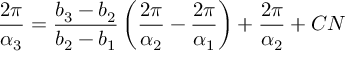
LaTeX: \frac { 2 \pi } { \alpha _ { 3 } } = \frac { b _ { 3 } - b _ { 2 } } { b _ { 2 } - b _ { 1 } } \left( \frac { 2 \pi } { \alpha _ { 2 } } - \frac { 2 \pi } { \alpha _ { 1 } } \right) + \frac { 2 \pi } { \alpha _ { 2 } } + C N